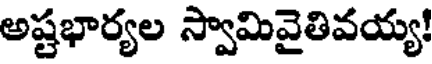
అష్టభార్యల స్వామివైతివయ్య!